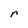
Character: r